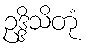
ဥဒ္ဒိသိတုံ